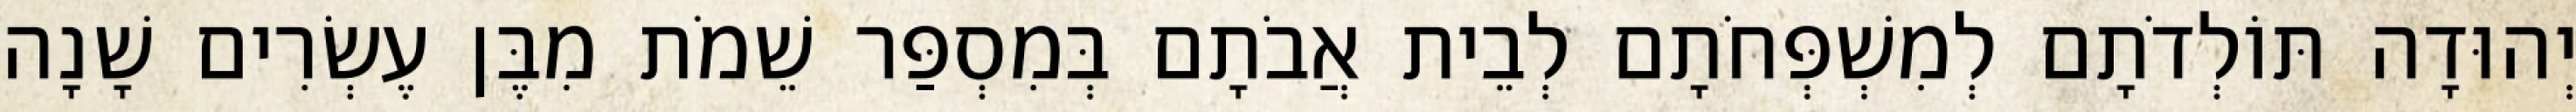
יְהוּדָה תּוֹלְדֹתָם לְמִשְׁפְּחֹתָם לְבֵית אֲבֹתָם בְּמִסְפַּר שֵׁמֹת מִבֶּן עֶשְׂרִים שָׁנָה